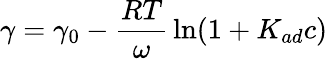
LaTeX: \gamma=\gamma_{0}-{\frac{RT}{\omega}}\ln(1+K_{ad}c)